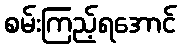
စမ်းကြည့်ရအောင်